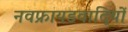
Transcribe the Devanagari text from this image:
नवफ्रायडवादियों